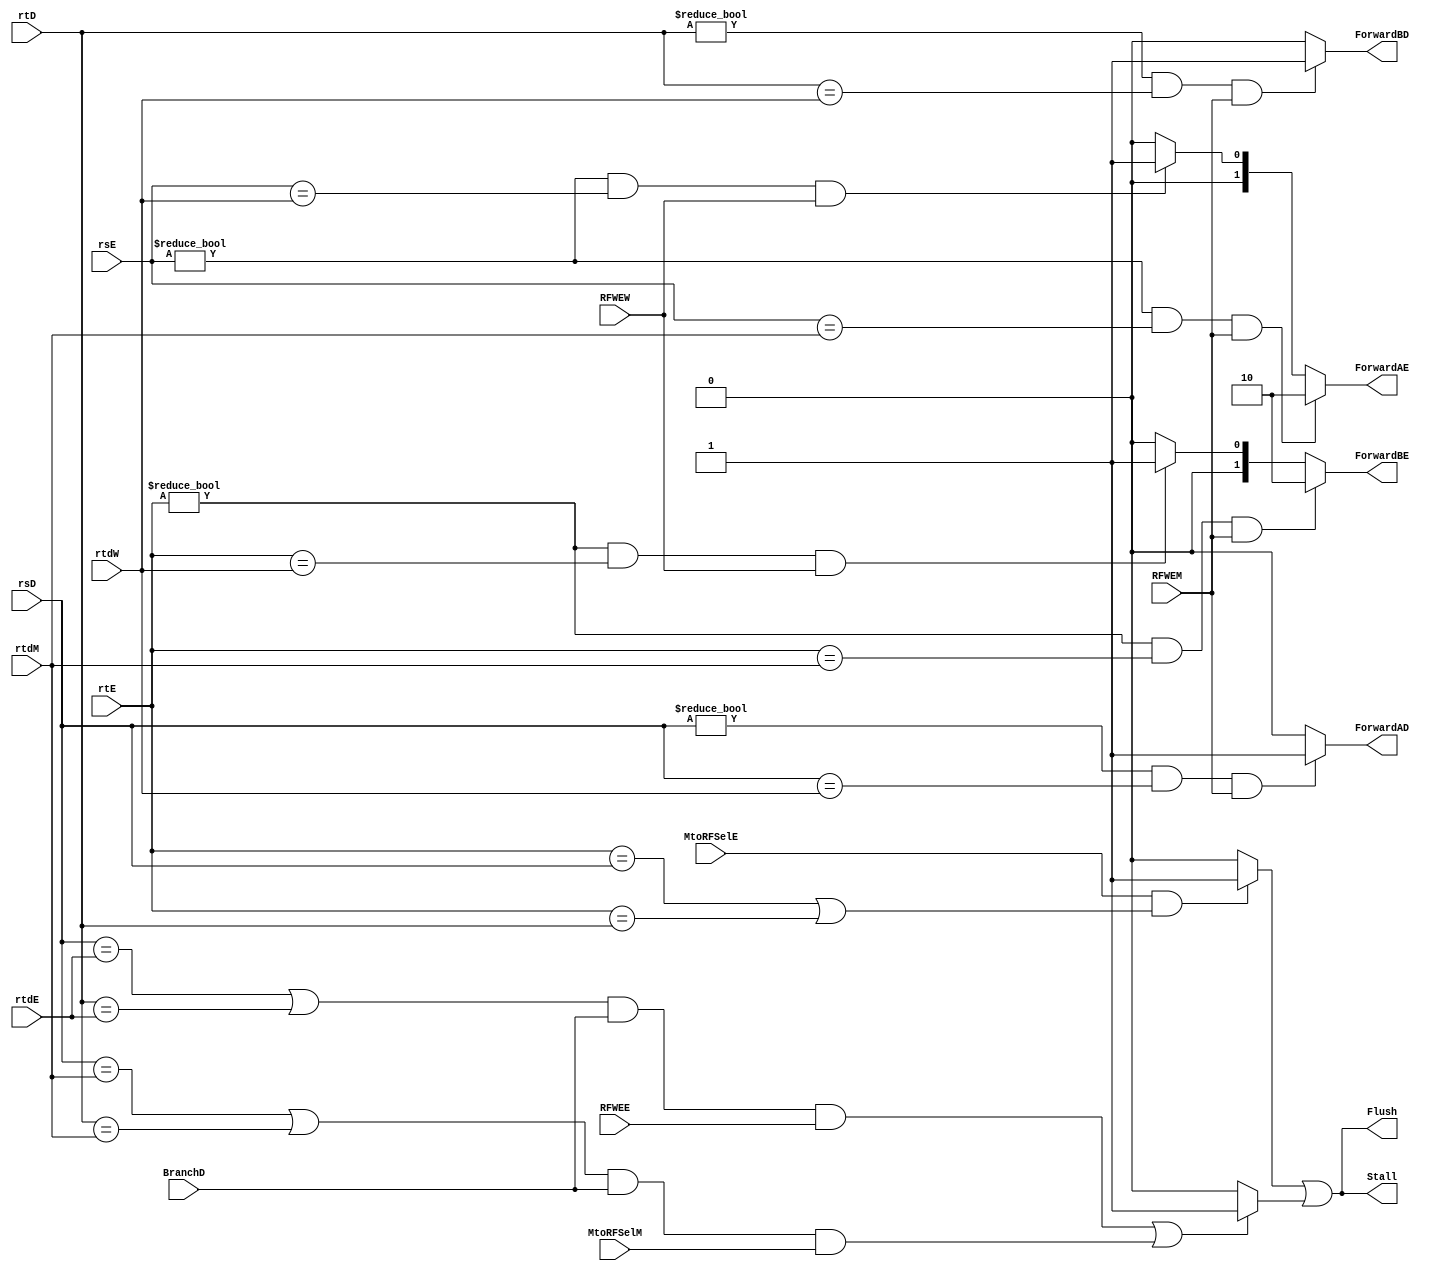
`timescale 1ns / 1ps
//Refer to pgs 39-43
//Stall on PC | Stall on FetchReg | ForwardAD to 2:1mux after RFRD1 | ForwardBD to 2:1mux after RFRD2 | ForwardAE to 3:1 mux before ALUIn1E | ForwardBE to 3:1 mux before ALUIn2E
//inputs BranchD, MtoRFSelE, RFWEE, RFWEM, RFWEW, connects back to og wire
module HazardUnit #(parameter WL = 32, wordLen = 32, WLinput = 5)
(input [WLinput-1:0] rsD, rsE, rtD, rtE, rtdE, rtdM, rtdW,
input MtoRFSelE, MtoRFSelM, BranchD, RFWEE, RFWEM, RFWEW,
output reg [1:0] ForwardAE, ForwardBE,
output reg Flush,
output reg Stall,
output reg ForwardAD, ForwardBD
);

reg lwstall, branchstall;



//forwardAE and BE should be the selects for the 2:1 muxes
always @* begin //forward logic on AE if result of an already executed ALU instruction (from the MEM stage), should be forwarded to the equality (pg. 40)
    if ((rsE != 0) && (rsE == rtdM) && RFWEM)
        ForwardAE = 2'b10;
    else if ((rsE != 0) && (rsE == rtdW) && RFWEW)
		ForwardAE = 2'b01;
    else 
        ForwardAE = 2'b00;


//forwardAD and BD should be selects for the 3:1 muxes
//Forwarding logic on BE. from pg. 40
	if ((rtE != 0) && (rtE == rtdM) && RFWEM)
		ForwardBE = 2'b10;
	else if ((rtE != 0) && (rtE == rtdW) && RFWEW)
		ForwardBE = 2'b01;
	else
	    ForwardBE = 2'b00;
	
	//forwardAD mux
	if ((rsD != 0) && (rsD == rtdW) && (RFWEM))
	    ForwardAD <= 1'b1;
	else
	    ForwardAD <= 1'b0;
	   
	if ((rtD != 0) && (rtD == rtdW) && (RFWEM))
	    ForwardBD <= 1'b1;
	else
	    ForwardBD <= 1'b0;
	    



    if (MtoRFSelE && ((rtE == rsD) || (rtE == rtD))) begin
        lwstall <= 1'b1;
        //Flush <= 1'b1;
    end
    else begin
        lwstall <= 1'b0;
        //Flush <= 1'b0;
    end
    
	if (((rsD == rtdE) || (rtD == rtdE)) && (BranchD) && (RFWEE) || ((rsD == rtdM) || (rtD == rtdM)) && (BranchD) && (MtoRFSelM))
	   branchstall = 1'b1;
	else
	   branchstall = 1'b0;
//if(lwstall != 1'bx && branchstall != 1'bx) begin
//Stall <= lwstall | branchstall;
//Flush <= lwstall | branchstall;

if(lwstall == 1'bx || branchstall == 1'bx) begin
Stall <= 1'b0;
Flush <= 1'b0;
end
else begin
Stall <= lwstall | branchstall;
Flush <= lwstall | branchstall;
end

end




//stalling: if either of the sources of the branch instruction in the ID stage depends on an ALU instruction that is in the EX stage
//(has not been yet executed in the EX stage) or on the result of a lw instruction in the MEM stage, pipeline must be stalled at the ID and IF stages

endmodule